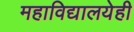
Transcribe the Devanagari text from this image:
महाविद्यालयेही